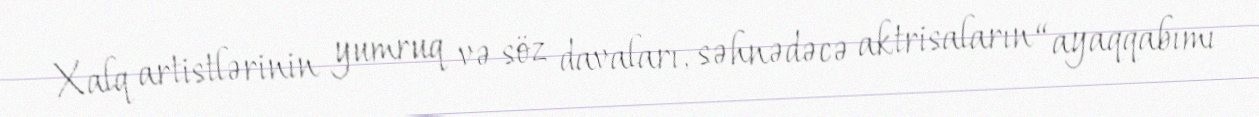
Xalq artistlərinin yumruq və söz davaları, səhnədəcə aktrisaların “ayaqqabımı